Lunatic asylums Madras 1877-1891 - 1877-1891
Year: 1877
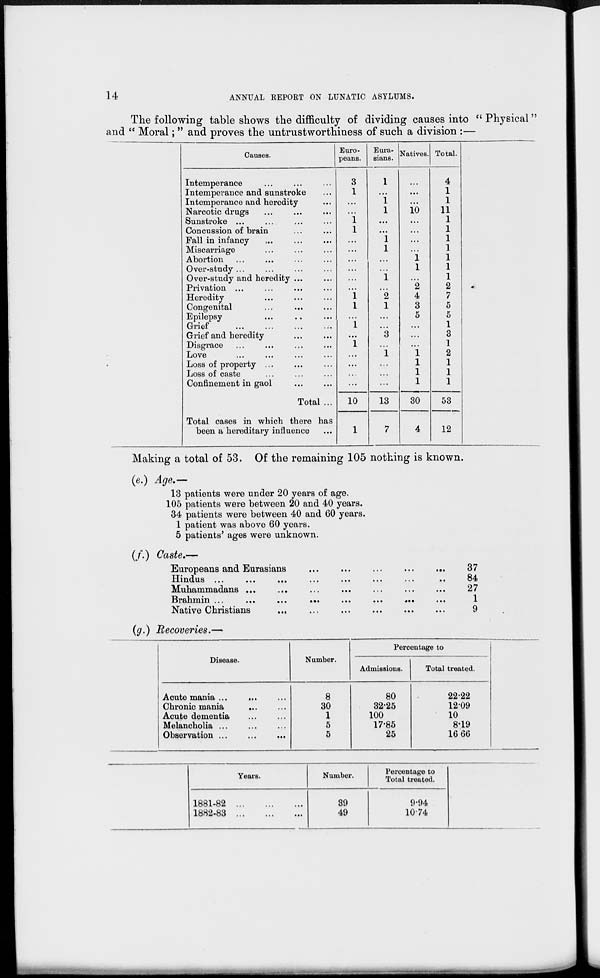
14
ANNUAL REPORT ON LUNATIC ASYLUMS.
The following table shows the difficulty of dividing causes into "Physical"
and "Moral;" and proves the untrustworthiness of such a division :—
Causes.
Intemperance ... ... ...
Intemperance and sunstroke ...
Intemperance and heredity ...
Narcotic drugs ... ... ...
Sunstroke ... ... ... ...
Concussion of brain ... ...
Fall in infancy ... ... ...
Miscarriage ... ... ...
Abortion ... ... ... ...
Over-study ... ... ... ...
Over-study and heredity ... ...
Privation ... ... ... ...
Heredity ... ... ...
Congenital ... ... ...
Epilepsy ... ... ...
Grief ... ... ... ...
Grief and heredity ... ...
Disgrace ... ... ... ...
Love ... ... ... ...
Loss of property ... ... ...
Loss of caste ... ... ...
Confinement in gaol ... ...
Total ...
Total cases in which there has
been a hereditary influence ...
Euro-
peans.
3
1
...
...
1
1
...
...
...
...
...
...
1
1
...
1
...
1
...
...
...
...
10
1
Eura-
sians.
1
...
1
1
...
...
1
1
...
...
1
...
2
1
...
...
3
...
1
...
...
...
13
7
Natives.
...
...
...
10
...
...
...
...
1
1
...
2
4
3
5
...
...
...
1
1
1
1
30
4
Total.
4
1
1
11
1
1
1
1
1
1
1
2
7
5
5
1
3
1
2
1
1
1
53
12
Making a total of 53. Of the remaining 105 nothing is known.
(e.) Age.—
13 patients were under 20 years of age.
105 patients were between 20 and 40 years.
34 patients were between 40 and 60 years.
1 patient was above 60 years.
5 patients' ages were unknown.
(f.) Caste.—
Europeans and Eurasians
...
...
...
...
...
Hindus
...
...
...
...
...
... ... ...
Muhammadans
...
...
...
...
...
...
...
Brahmin ...
...
...
...
...
...
...
Native Christians
...
...
...
...
...
...
37
84
27
1
9
(g.) Recoveries.—
Disease.
Acute mania ... ... ...
Chronic mania ... ...
Acute dementia ... ...
Melancholia ... ... ...
Observation ... ... ...
Number.
8
30
1
5
5
Percentage to
Admissions.
80
32.25
100
17.85
25
Total treated.
22.22
12.09
10
8.19
16.66
Years.
1881-82
...
...
...
1882-83
...
...
...
Number.
39
49
Percentage to
Total treated.
9.94
10.74